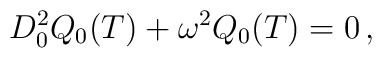
D_{0}^{2}Q_{0}(T)+\omega ^{2}Q_{0}(T)=0\, ,